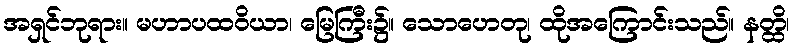
အရှင်ဘုရား။ မဟာပထဝိယာ၊ မြေကြီး၌။ သောဟေတု၊ ထိုအကြောင်းသည်။ နတ္ထိ၊